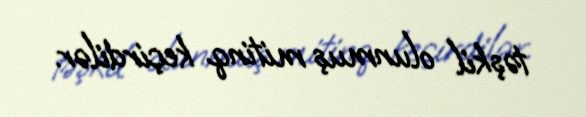
təşkil olunmuş mitinq keçirdilər.